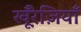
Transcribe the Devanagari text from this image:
खू़ँरेज़ियाँ